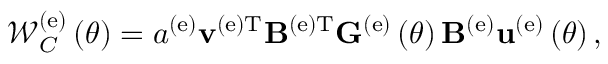
{ \mathscr W } _ { C } ^ { \left( \mathrm { e } \right) } \left( \theta \right) = a ^ { \left( \mathrm { e } \right) } { \bf v } ^ { \left( \mathrm { e } \right) \mathrm { T } } { \bf B } ^ { \left( \mathrm { e } \right) \mathrm { T } } { \bf G } ^ { \left( \mathrm { e } \right) } \left( \theta \right) { \bf B } ^ { \left( \mathrm { e } \right) } { \bf u } ^ { \left( \mathrm { e } \right) } \left( \theta \right) ,